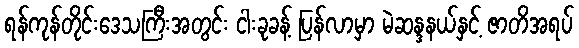
ရန်ကုန်တိုင်းဒေသကြီးအတွင်း ငါးခုခန့် ပြန်လာမှာ မဲဆန္ဒနယ်နှင့် ဇာတိအရပ်